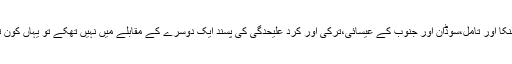
اگر سری لنکا اور تامل،سوڈان اور جنوب کے عیسائی،ترکی اور کرد علیحدگی کی پسند ایک دوسرے کے مقابلے میں نہیں تھکے تو یہاں کون تھکے گا ؟